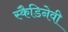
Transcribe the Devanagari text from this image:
स्कैडिनेवी